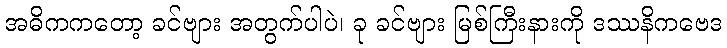
အဓိကကတော့ ခင်ဗျား အတွက်ပါပဲ၊ ခု ခင်ဗျား မြစ်ကြီးနားကို ဒဿနိကဗေဒ